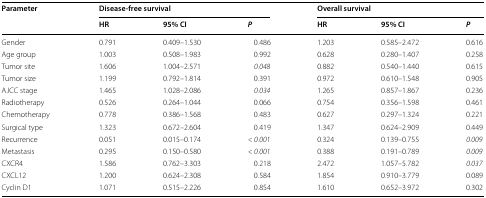
<table><thead><tr><td rowspan="2"><b>Parameter</b></td><td colspan="3"><b>Disease-free survival</b></td><td colspan="3"><b>Overall survival</b></td></tr><tr><td><b>HR</b></td><td><b>95% CI</b></td><td><b><i>P</i></b></td><td><b>HR</b></td><td><b>95% CI</b></td><td><b><i>P</i></b></td></tr></thead><tbody><tr><td>Gender</td><td>0.791</td><td>0.409–1.530</td><td>0.486</td><td>1.203</td><td>0.585–2.472</td><td>0.616</td></tr><tr><td>Age group</td><td>1.003</td><td>0.508–1.983</td><td>0.992</td><td>0.628</td><td>0.280–1.407</td><td>0.258</td></tr><tr><td>Tumor site</td><td>1.606</td><td>1.004–2.571</td><td><i>0.048</i></td><td>0.882</td><td>0.540–1.440</td><td>0.615</td></tr><tr><td>Tumor size</td><td>1.199</td><td>0.792–1.814</td><td>0.391</td><td>0.972</td><td>0.610–1.548</td><td>0.905</td></tr><tr><td>AJCC stage</td><td>1.465</td><td>1.028–2.086</td><td><i>0.034</i></td><td>1.265</td><td>0.857–1.867</td><td>0.236</td></tr><tr><td>Radiotherapy</td><td>0.526</td><td>0.264–1.044</td><td>0.066</td><td>0.754</td><td>0.356–1.598</td><td>0.461</td></tr><tr><td>Chemotherapy</td><td>0.778</td><td>0.386–1.568</td><td>0.483</td><td>0.627</td><td>0.297–1.324</td><td>0.221</td></tr><tr><td>Surgical type</td><td>1.323</td><td>0.672–2.604</td><td>0.419</td><td>1.347</td><td>0.624–2.909</td><td>0.449</td></tr><tr><td>Recurrence</td><td>0.051</td><td>0.015–0.174</td><td><i>&lt; 0.001</i></td><td>0.324</td><td>0.139–0.755</td><td><i>0.009</i></td></tr><tr><td>Metastasis</td><td>0.295</td><td>0.150–0.580</td><td><i>&lt; 0.001</i></td><td>0.388</td><td>0.191–0.789</td><td><i>0.009</i></td></tr><tr><td>CXCR4</td><td>1.586</td><td>0.762–3.303</td><td>0.218</td><td>2.472</td><td>1.057–5.782</td><td><i>0.037</i></td></tr><tr><td>CXCL12</td><td>1.200</td><td>0.624–2.308</td><td>0.584</td><td>1.854</td><td>0.910–3.779</td><td>0.089</td></tr><tr><td>Cyclin D1</td><td>1.071</td><td>0.515–2.226</td><td>0.854</td><td>1.610</td><td>0.652–3.972</td><td>0.302</td></tr></tbody></table>